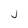
Character: J